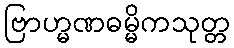
ဗြာဟ္မဏဓမ္မိကသုတ္တ